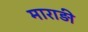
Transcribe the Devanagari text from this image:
माराड़ी